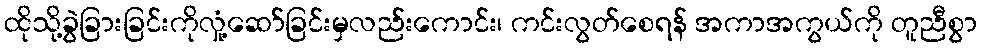
ထိုသို့ခွဲခြားခြင်းကိုလှုံ့ဆော်ခြင်းမှလည်းကောင်း၊ ကင်းလွတ်စေရန် အကာအကွယ်ကို တူညီစွာ